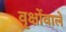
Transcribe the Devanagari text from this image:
वृक्षोंवाले